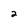
Character: 2